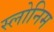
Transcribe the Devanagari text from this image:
स्लोनिम